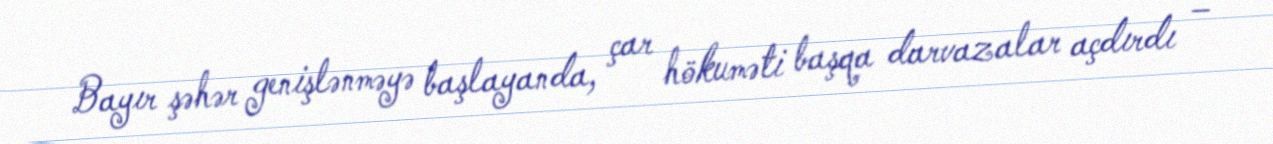
Bayır şəhər genişlənməyə başlayanda, çar hökuməti başqa darvazalar açdırdı –